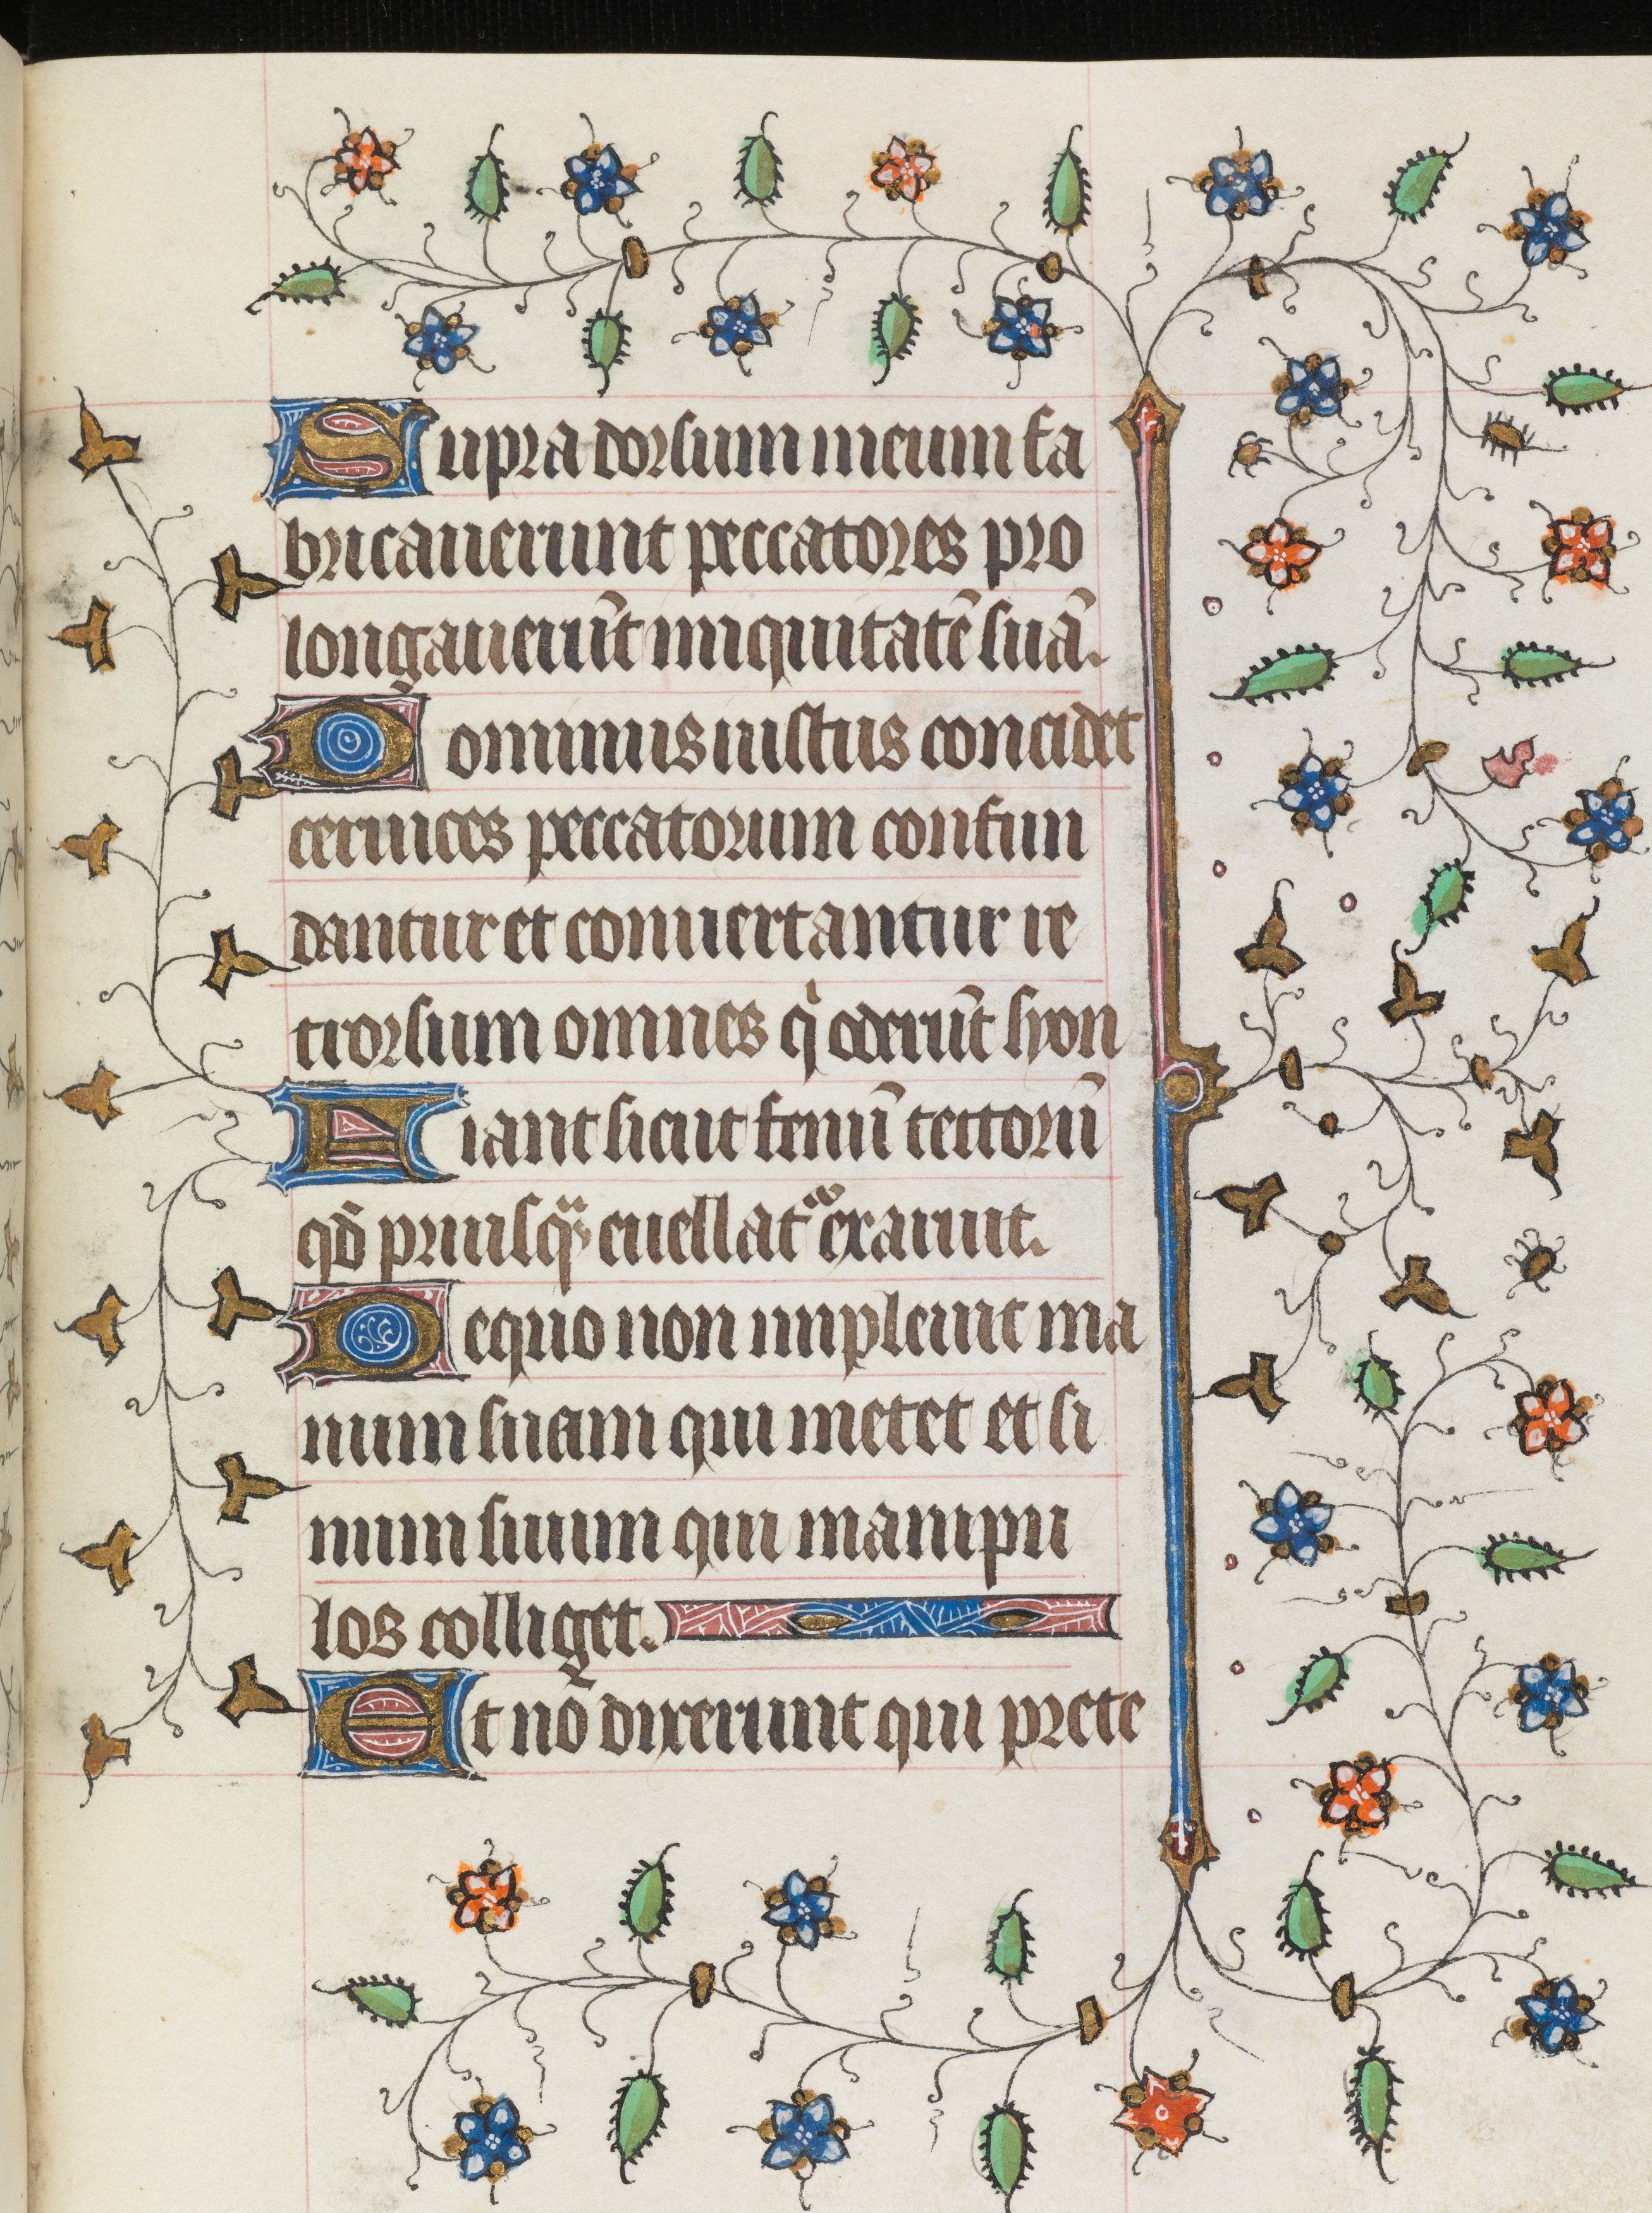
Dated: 1421–1421